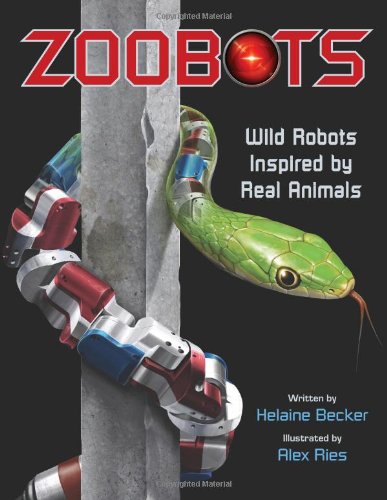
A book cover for Zoobots: Wild Robots Inspired by Real Animals; Helaine Becker; Children's Books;